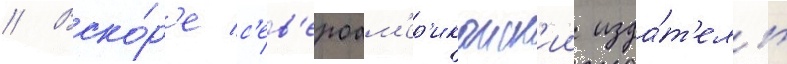
// Вско́р'е с'ев'ероам'ер'иканск'ии изда́т'ель